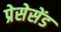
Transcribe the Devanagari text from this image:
प्रेसेसेंड